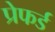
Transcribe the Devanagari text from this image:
प्रेफर्ड